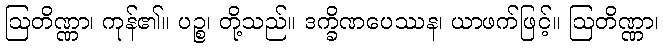
ဩတိဏ္ဏာ၊ ကုန်၏။ ပဉ္စ၊ တို့သည်။ ဒက္ခိဏပေဿန၊ ယာဖက်ဖြင့်။ ဩတိဏ္ဏာ၊